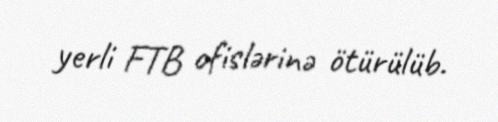
yerli FTB ofislərinə ötürülüb.